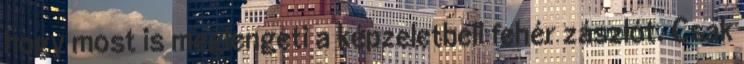
hogy most is meglengeti a képzeletbeli fehér zászlót. Csak